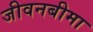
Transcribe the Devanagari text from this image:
जीवनबीमा